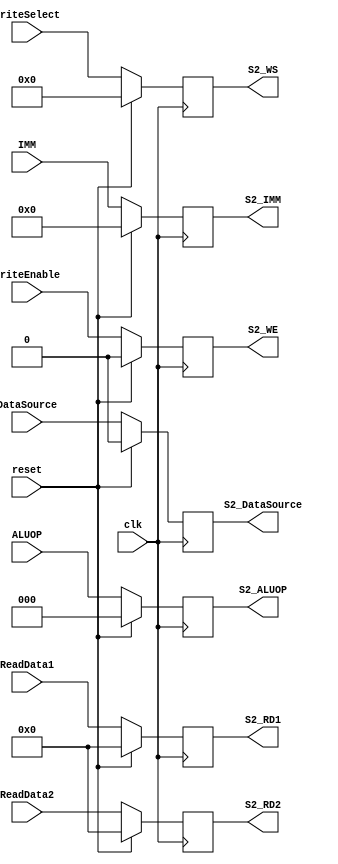
`timescale 1ns / 1ps
//////////////////////////////////////////////////////////////////////////////////
// Company: 
// Engineer: 
// 
// Design Name: 
// Module Name: stage_two
// Project Name: 
// Target Devices: 
// Tool Versions: 
// Description: 
// 
// Dependencies: 
// 
// Revision:
// Revision 0.01 - File Created
// Additional Comments:
// 
//////////////////////////////////////////////////////////////////////////////////


module stage_two(ReadData1,ReadData2,IMM,DataSource,ALUOP,WriteSelect,WriteEnable,S2_RD1,S2_RD2,S2_IMM,S2_DataSource,S2_ALUOP,S2_WS,S2_WE,clk,reset); 
    input [31:0]ReadData1,ReadData2; 
    input [15:0]IMM; 
    input DataSource; 
    input [2:0]ALUOP; 
    input [4:0]WriteSelect; 
    input WriteEnable; 
     
    input clk,reset; 
    output reg [31:0]S2_RD1; 
    output reg [31:0]S2_RD2; 
    output reg [4:0]S2_WS; 
    output reg [15:0]S2_IMM; 
    output reg S2_DataSource; 
    output reg [2:0]S2_ALUOP; 
    output reg S2_WE; 
    
    always@(posedge clk) 
        begin 
        if(reset) 
            begin 
                S2_RD1 <= 32'd0; 
                S2_RD2 <= 32'd0; 
                S2_WS <= 5'd0; 
                S2_IMM <= 15'd0; 
                S2_DataSource <= 1'b0; 
                S2_ALUOP <= 3'b0; 
                S2_WE <= 1'b0; 
            end 
        else 
            begin 
                S2_RD1 <= ReadData1; 
                S2_RD2 <= ReadData2; 
                S2_WS <= WriteSelect; 
                S2_IMM <= IMM; 
                S2_DataSource <= DataSource; 
                S2_ALUOP <= ALUOP; 
                S2_WE <= WriteEnable; 
            end 
        end        
endmodule